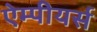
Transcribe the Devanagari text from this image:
ऐम्पीयर्स